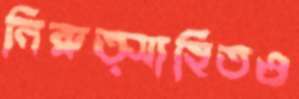
নিরুত্সাহিতও